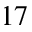
^ { 1 7 }